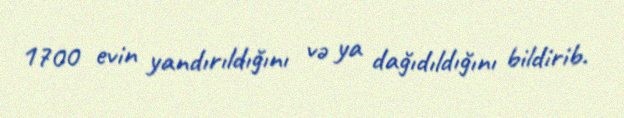
1700 evin yandırıldığını və ya dağıdıldığını bildirib.